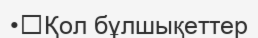
•	Қол бұлшықеттер